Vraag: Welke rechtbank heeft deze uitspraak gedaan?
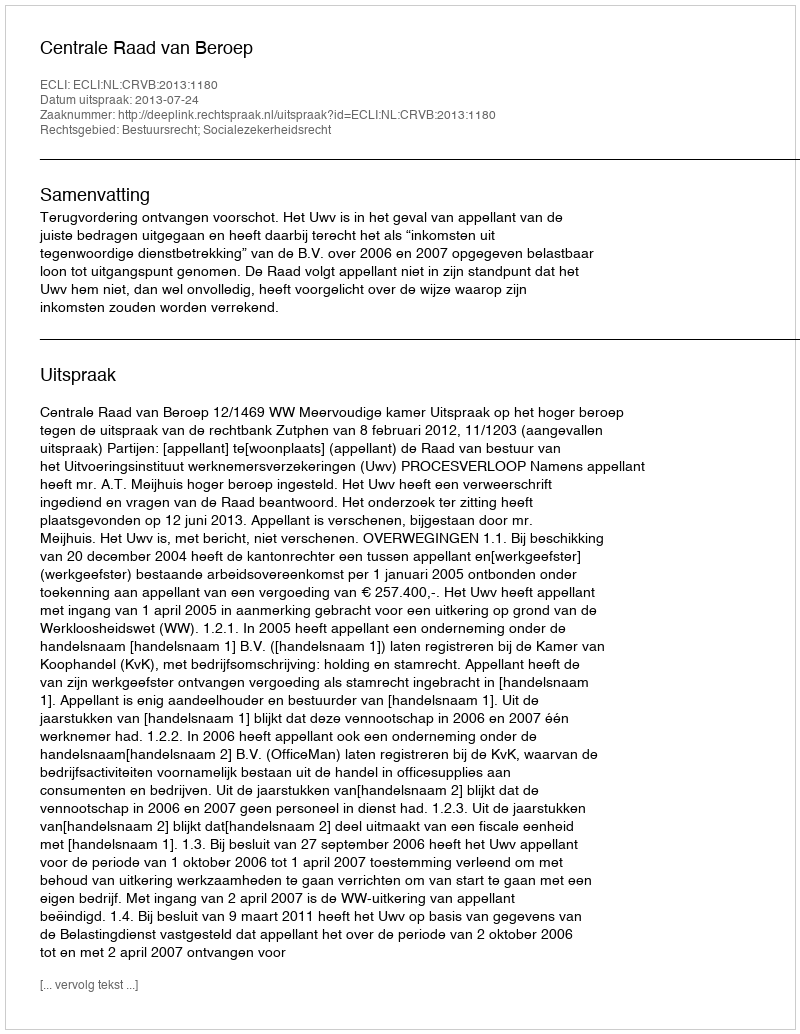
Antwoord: Centrale Raad van Beroep